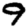
Digit: 9